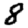
Digit: 8